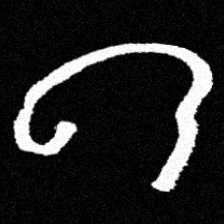
Pyu character \u2014 Myanmar letter: ဂ (romanized: ga)